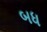
બધ